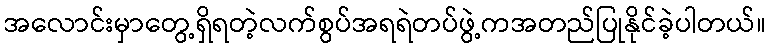
အလောင်းမှာတွေ့ရှိရတဲ့လက်စွပ်အရရဲတပ်ဖွဲ့ကအတည်ပြုနိုင်ခဲ့ပါတယ်။